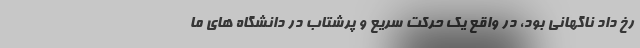
رخ داد ناگهانی بود، در واقع یک حرکت سریع و پرشتاب در دانشگاه های ما